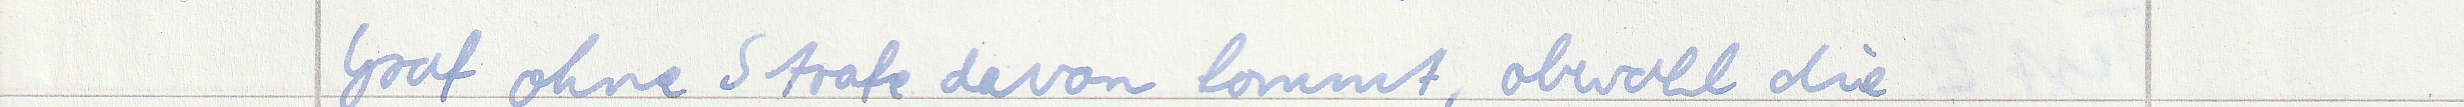
Graf ohne Strafe davon kommt, obwohl die